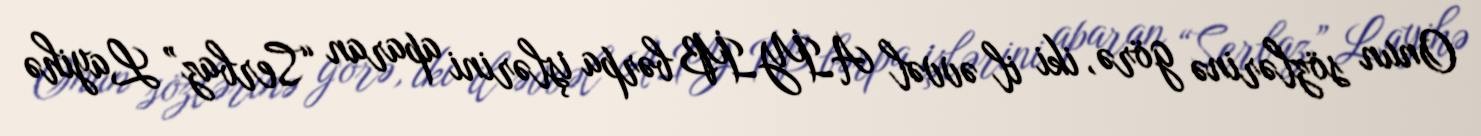
Onun sözlərinə görə, iki il əvvəl AİYİB bərpa işlərini aparan “Serbaz” Layihə